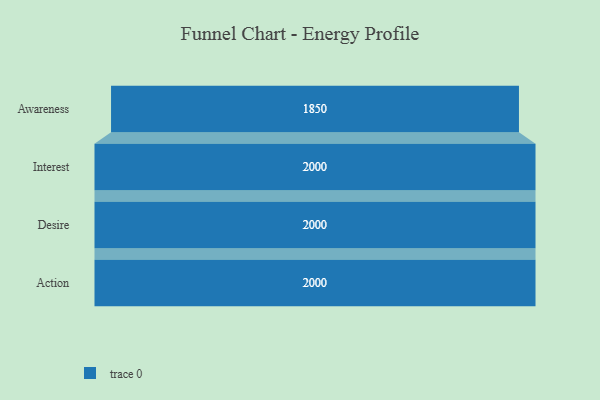
{"axis": {"x": "Stage", "y": "Value"}, "legend": [""], "data": [{"x": "Awareness", "y": 1850.0, "type": ""}, {"x": "Interest", "y": 2000, "type": ""}, {"x": "Desire", "y": 2000, "type": ""}, {"x": "Action", "y": 2000, "type": ""}]}